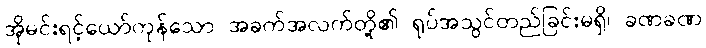
အိုမင်းရင့်ယော်ကုန်သော အခက်အလက်တို့၏ ရုပ်အသွင်တည်ခြင်းမရှိ၊ ခဏခဏ